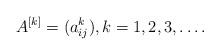
LaTeX: \begin{align*}A^{[k]} = (a_{ij}^k), k=1,2,3,\ldots.\end{align*}